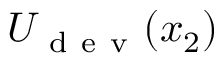
U _ { \mathrm { ~ d ~ e ~ v ~ } } ( x _ { 2 } )